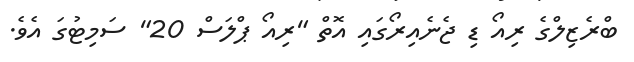
ބްރެޒިލްގެ ރިއޯ ޑި ޖެނެއިރޯގައި އޮތް "ރިއޯ ޕްލަސް 20" ސަމިޓުގަ އެވެ.